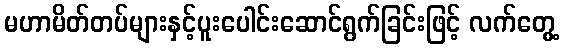
မဟာမိတ်တပ်များနှင့်ပူးပေါင်းဆောင်ရွက်ခြင်းဖြင့် လက်တွေ့